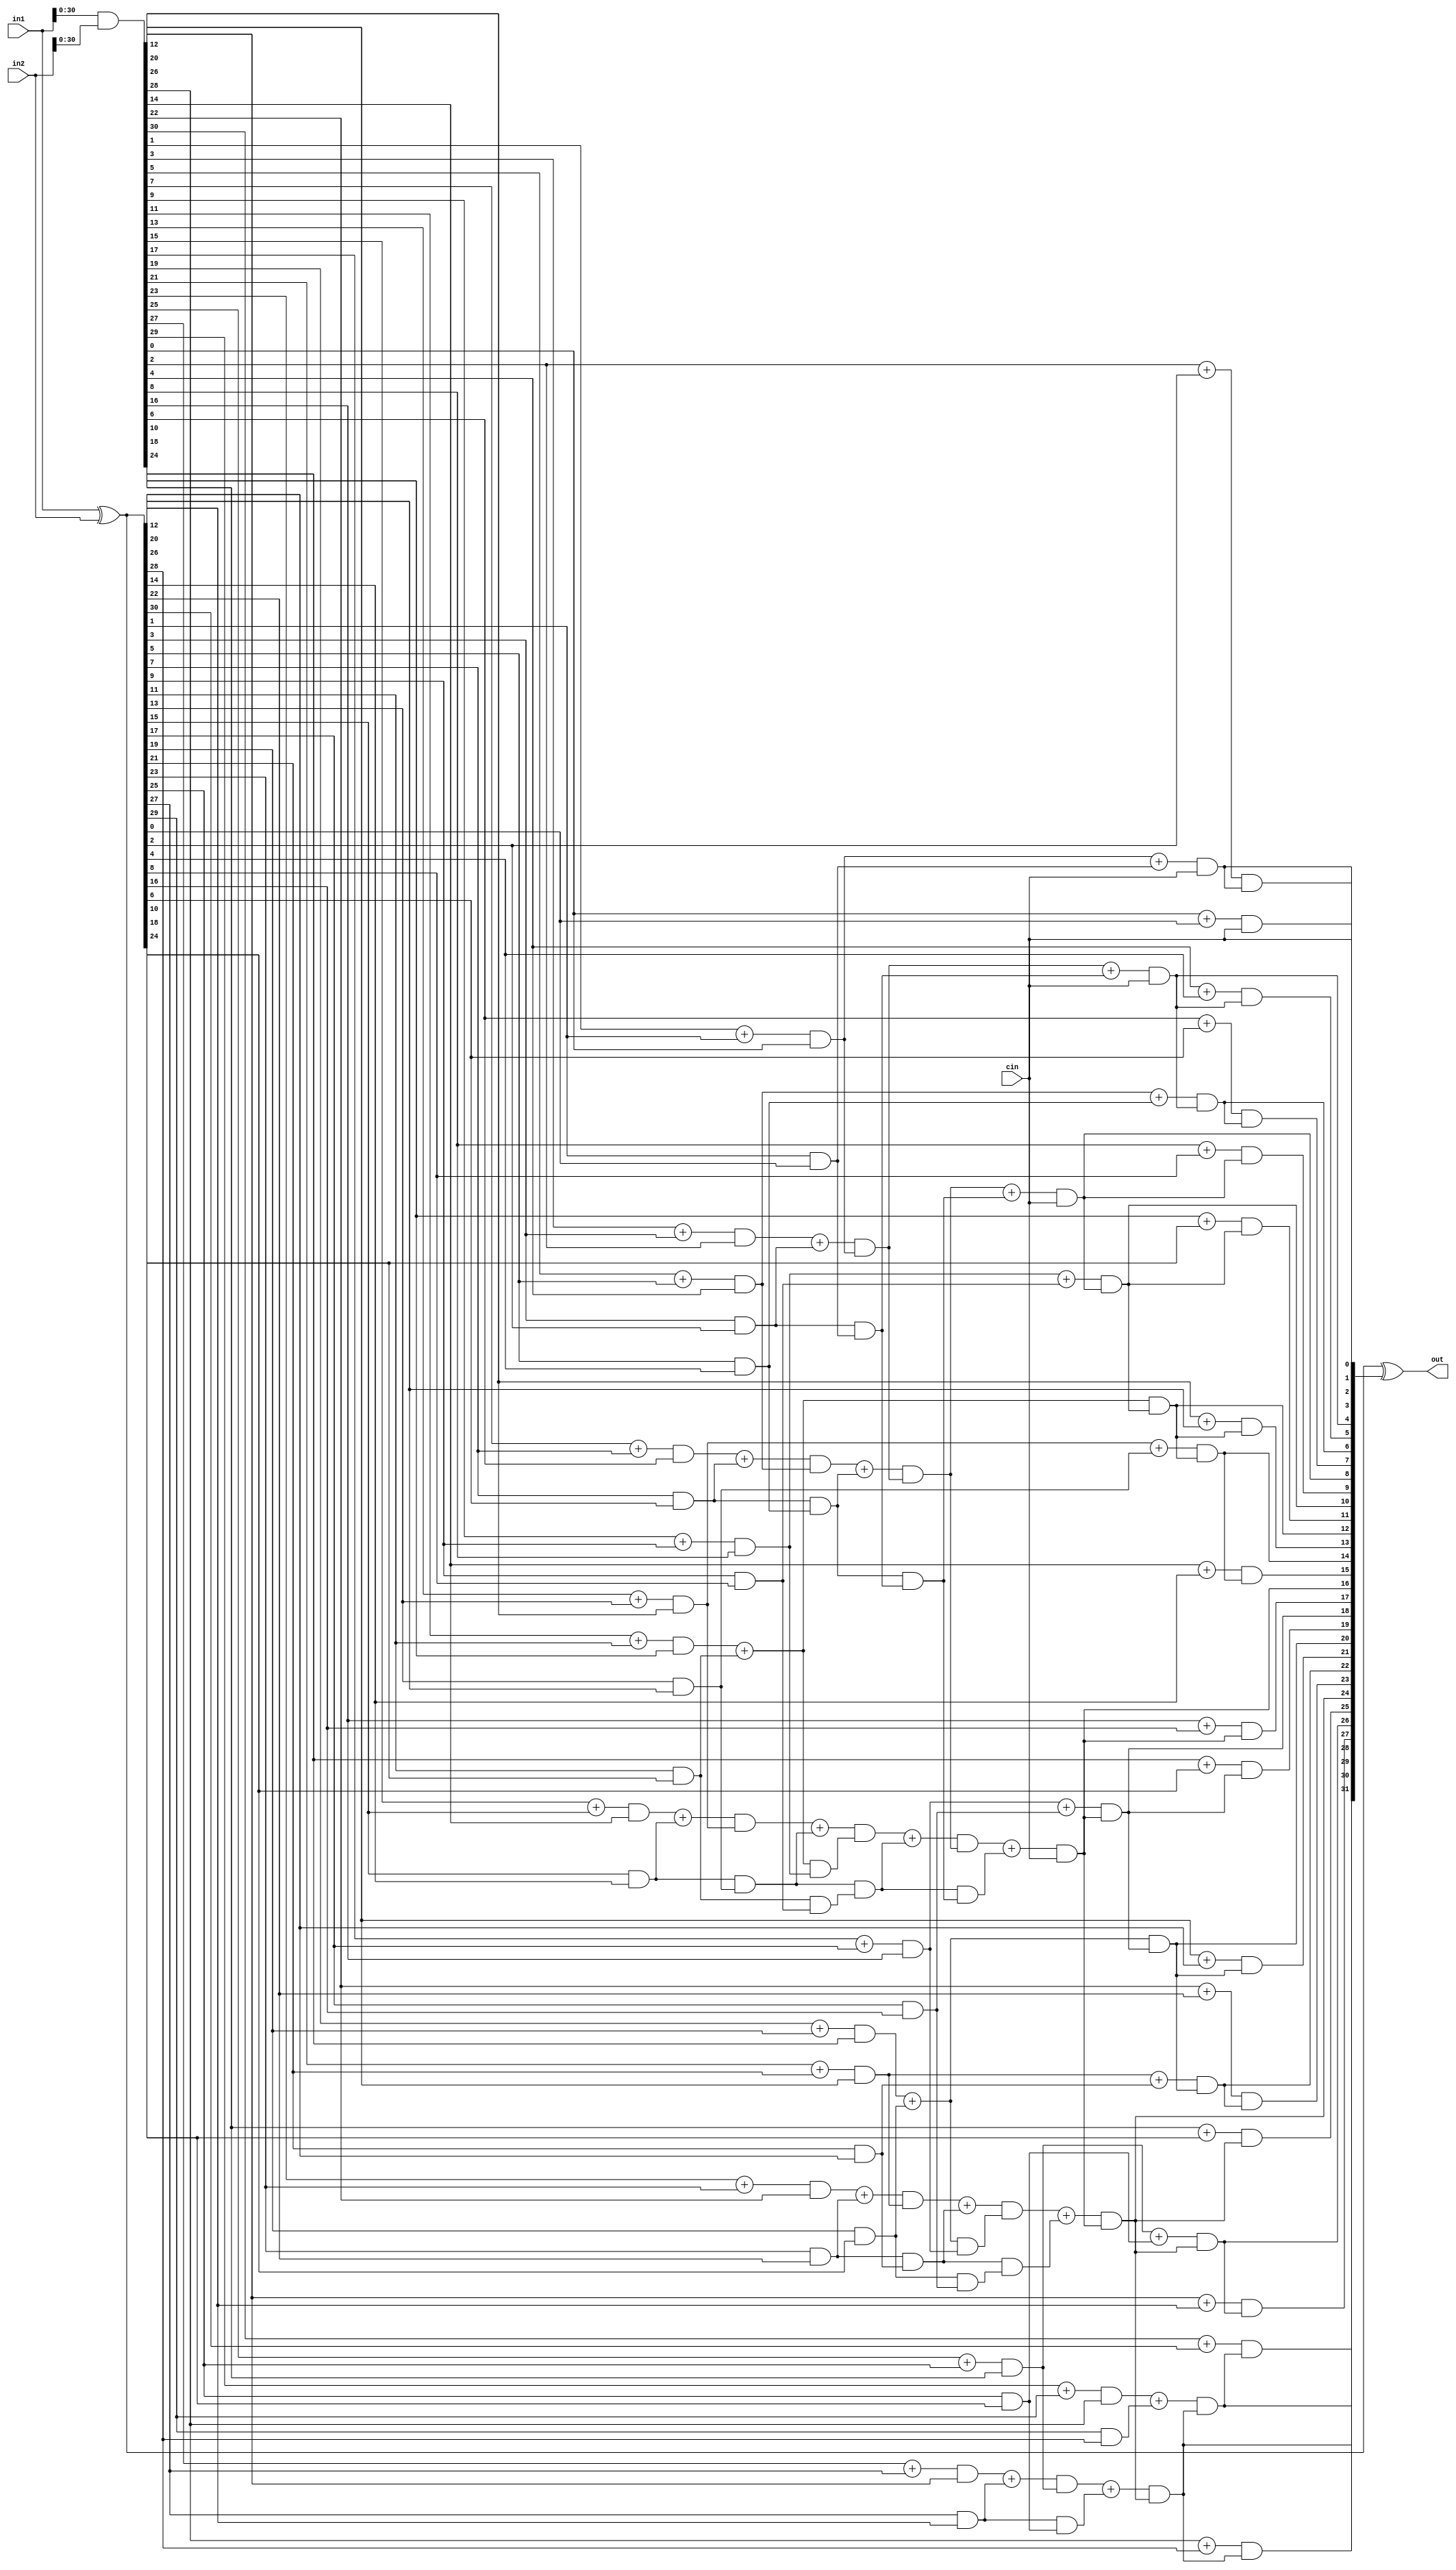
module brent_kung_adder (in1, in2, cin, out);

	input [31:0] in1, in2;
	input cin;
	output [31:0] out;
	
	reg [31:0] pi_1, pi_2, pi_3, pi_4, pi_5, pi_6; 
	reg [31:0] gi_1, gi_2, gi_3, gi_4, gi_5, gi_6; 
	
	reg [32:1] cout;
	
	integer i=0;
	
	always@(*)
	begin
//		Level:1
		pi_1 = in1 ^ in2 ;
		gi_1 = in1 & in2 ;
	
//		Level:2
		for(i=0; i<16; i=i+1)
		begin
		
			pi_2[i] = pi_1[2*i+1] & pi_1[2*i] ;
			gi_2[i] = gi_1[2*i+1] + pi_1[2*i+1] & gi_1[2*i] ;
			
		end
	
//		Level:3
		for(i=0; i<8; i=i+1)
		begin
	
			pi_3[i] = pi_2[2*i+1] & pi_2[2*i] ;
			gi_3[i] = gi_2[2*i+1] + pi_2[2*i+1] & gi_2[2*i] ;
			
		end
		
//		Level:4
		for(i=0; i<4; i=i+1)
		begin

			pi_4[i] = pi_3[2*i+1] & pi_3[2*i] ;
			gi_4[i] = gi_3[2*i+1] + pi_3[2*i+1] & gi_3[2*i] ;
			
		end
		
//		Level:5
		for(i=0; i<2; i=i+1)
		begin
		
			pi_5[i] = pi_4[2*i+1] & pi_4[2*i] ;
			gi_5[i] = gi_4[2*i+1] + pi_4[2*i+1] & gi_4[2*i] ;
			
		end		
		
//		Level:6
		for(i=0; i<1; i=i+1)
		begin

			pi_6[i] = pi_5[2*i+1] & pi_5[2*i] ;
			gi_6[i] = gi_5[2*i+1] + pi_5[2*i+1] & gi_5[2*i] ;
			
		end		
	
	end
	
	always@(*)
	begin
	
//		Stage:1		
		cout[1] = gi_1[0] + pi_1[0] & cin;
		cout[2] = gi_2[0] + pi_2[0] & cin;
		cout[4] = gi_3[0] + pi_3[0] & cin;
		cout[8] = gi_4[0] + pi_4[0] & cin;
		cout[16] = gi_5[0] + pi_5[0] & cin;
		cout[32] = gi_6[0] + pi_6[0] & cin;
		
		
//		Stage:2		
		cout[3] = gi_1[2] + pi_1[2] & cout[2];
		cout[5] = gi_1[4] + pi_1[4] & cout[4];
		cout[9] = gi_1[8] + pi_1[8] & cout[8];
		cout[17] = gi_1[16] + pi_1[16] & cout[16];
		
		cout[6] = gi_2[2] + pi_2[2] & cout[4];
		cout[10] = gi_2[4] + pi_2[4] & cout[8];
		cout[18] = gi_2[8] + pi_2[8] & cout[16];
		
		cout[24] = gi_4[2] + pi_4[2] & cout[16];
		

//		Stage:3
		cout[7] = gi_1[6] + pi_1[6] & cout[6];
		cout[11] = gi_1[10] + pi_1[10] & cout[10];
		cout[19] = gi_1[18] + pi_1[18] & cout[18];
		cout[25] = gi_1[24] + pi_1[24] & cout[24];
		
		cout[12] = gi_2[5] + pi_2[5] & cout[10];
		cout[20] = gi_2[9] + pi_2[9] & cout[18];
		cout[26] = gi_2[12] + pi_2[12] & cout[24];
		
		cout[28] = gi_3[6] + pi_3[6] & cout[24];
		
		
//		Stage:4		
		cout[13] = gi_1[12] + pi_1[12] & cout[12];
		cout[21] = gi_1[20] + pi_1[20] & cout[20];
		cout[27] = gi_1[26] + pi_1[26] & cout[26];
		cout[29] = gi_1[28] + pi_1[28] & cout[28];
		
		cout[14] = gi_2[6] + pi_2[6] & cout[12];
		cout[22] = gi_2[10] + pi_2[10] & cout[20];
		cout[30] = gi_2[14] + pi_2[14] & cout[28];

//		Stage:5		
		cout[15] = gi_1[14] + pi_1[14] & cout[14];
		cout[23] = gi_1[22] + pi_1[22] & cout[22];
		cout[31] = gi_1[30] + pi_1[30] & cout[30];
		
	end
	
	assign out[31:0] = pi_1[31:0] ^ {cout[31:1],cin};
	
endmodule